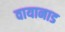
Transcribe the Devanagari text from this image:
वायानाड